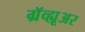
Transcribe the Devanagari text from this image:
ग्रॅव्ह्यूअर